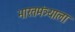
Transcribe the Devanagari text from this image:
भारतमंत्र्याला